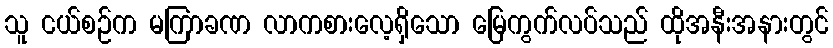
သူ ငယ်စဉ်က မကြာခဏ လာကစားလေ့ရှိသော မြေကွက်လပ်သည် ထိုအနီးအနားတွင်